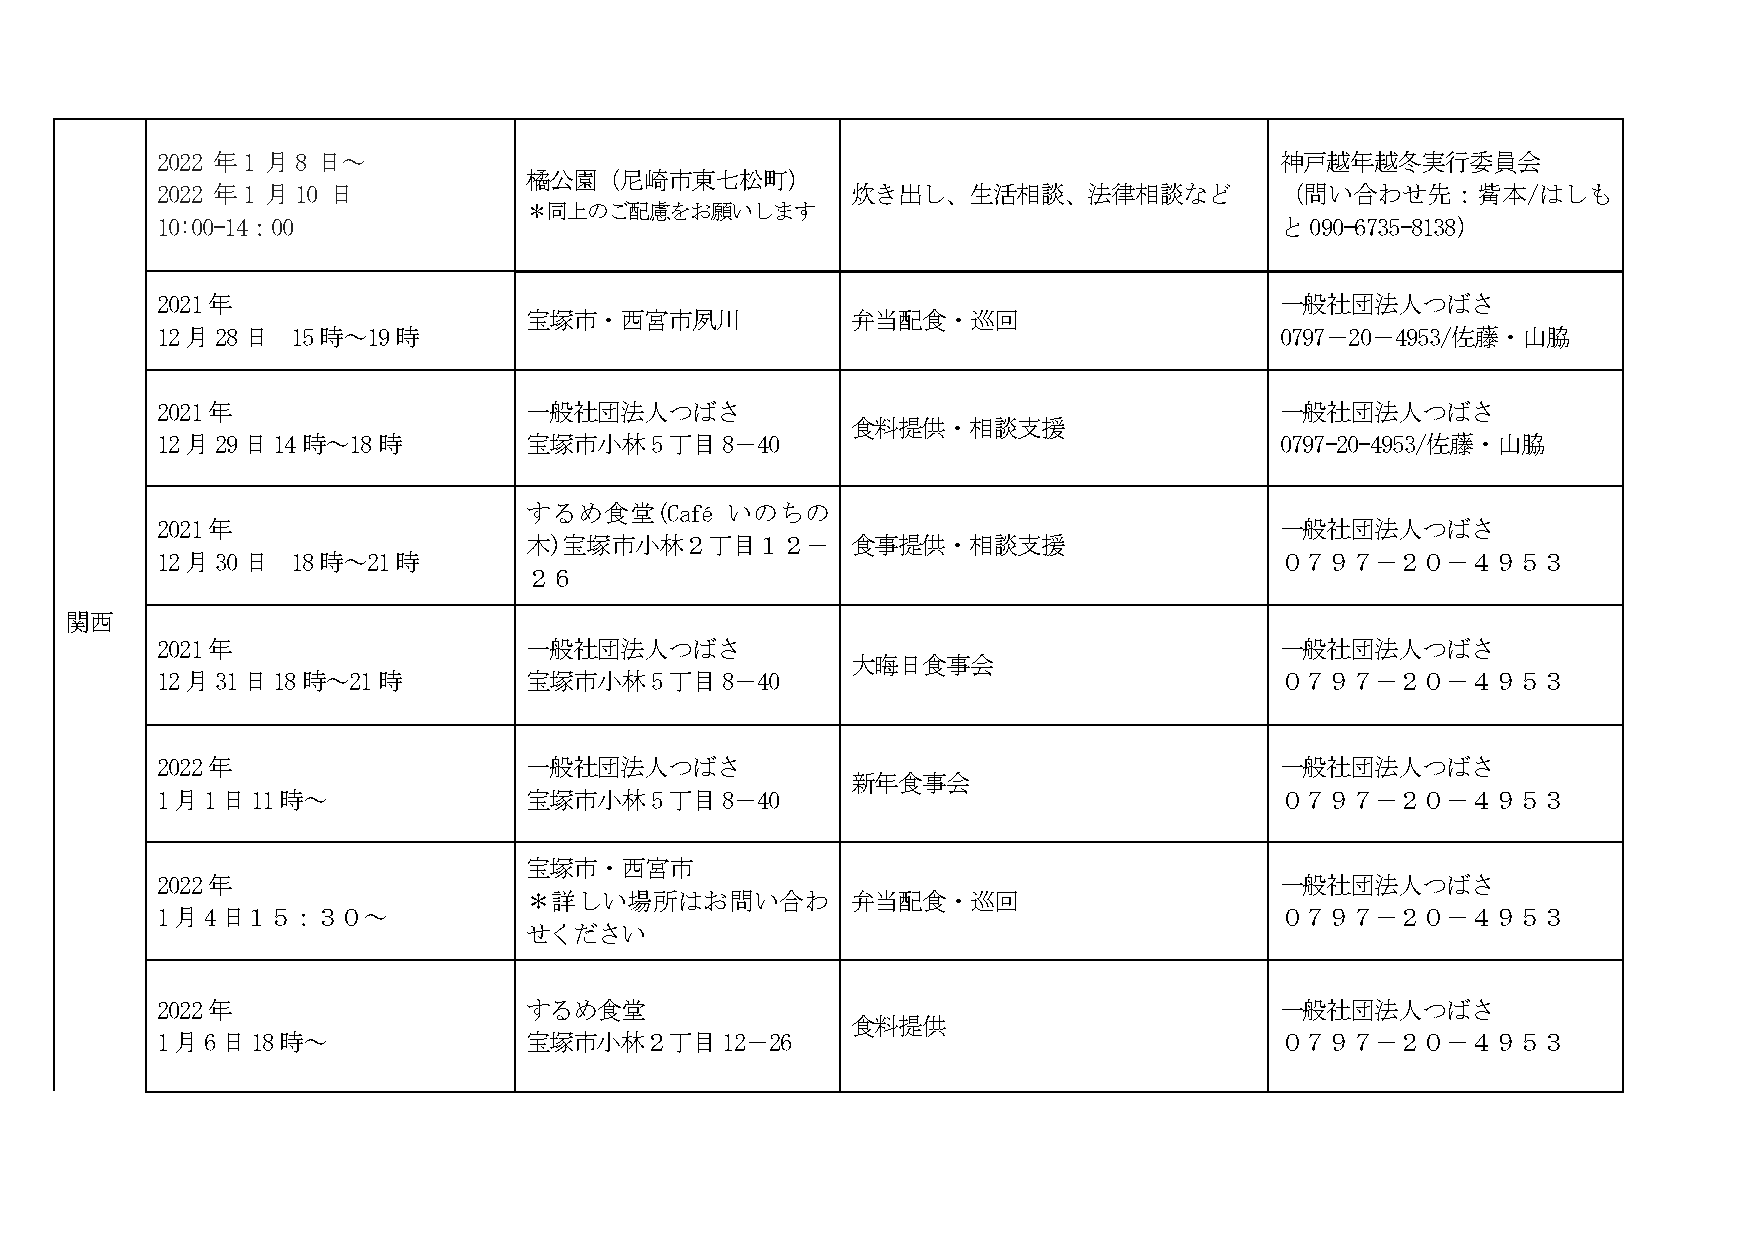
2022 年1 月8 日～                                                              神戸越年越冬実行委員会
 橘公園（尼崎市東七松町）
 2022 年1 月10 日                                 炊き出し、生活相談、法律相談など             （問い合わせ先：觜本/はしも
 ＊同上のご配慮をお願いします
 10:00-14：00                                                                と090-6735-8138）
 2021年                                                                      一般社団法人つばさ
 宝塚市・西宮市夙川            弁当配食・巡回
 12月28日   15時～19時                                                           0797－20－4953/佐藤・山脇
 2021年                    一般社団法人つばさ                                         一般社団法人つばさ
 食料提供・相談支援
 12月29日14時～18時            宝塚市小林5丁目8－40                                      0797-20-4953/佐藤・山脇
 するめ食堂(Café   いのちの
 2021年                                                                      一般社団法人つばさ
 木)宝塚市小林２丁目１２－        食事提供・相談支援
 12月30日   18時～21時                                                           ０７９７－２０－４９５３
 ２６
 関西
 2021年                    一般社団法人つばさ                                         一般社団法人つばさ
 大晦日食事会
 12月31日18時～21時            宝塚市小林5丁目8－40                                      ０７９７－２０－４９５３
 2022年                    一般社団法人つばさ                                         一般社団法人つばさ
 新年食事会
 1月1日11時～                 宝塚市小林5丁目8－40                                      ０７９７－２０－４９５３
 宝塚市・西宮市
 2022年                                                                      一般社団法人つばさ
 ＊詳しい場所はお問い合わ         弁当配食・巡回
 1月4日１５：３０～                                                                 ０７９７－２０－４９５３
 せください
 2022年                    するめ食堂                                             一般社団法人つばさ
 食料提供
 1月6日18時～                 宝塚市小林２丁目12－26                                     ０７９７－２０－４９５３